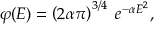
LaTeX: \varphi ( E ) = \left( { { 2 \alpha } \o { \pi } } \right) ^ { 3 / 4 } \; e ^ { - \alpha E ^ { 2 } } ,